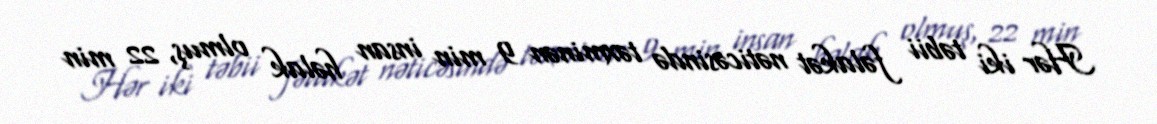
Hər iki təbii fəlakət nəticəsində təxminən 9 min insan həlak olmuş, 22 min